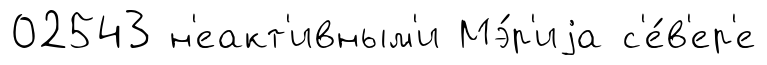
02543 н'еакт'ивным'и Мэ́р'иjа с'е́в'ер'е